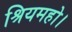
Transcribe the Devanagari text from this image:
श्रियमहो।